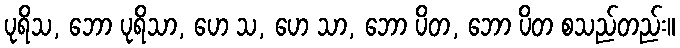
ပုရိသ, ဘော ပုရိသာ, ဟေ သ, ဟေ သာ, ဘော ပိတ, ဘော ပိတ စသည်တည်း။